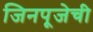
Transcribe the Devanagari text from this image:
जिनपूजेची